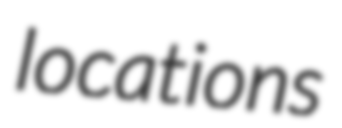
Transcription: locations